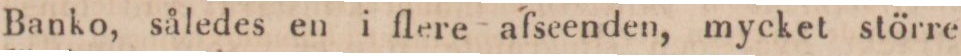
Banko, således en i flere afseenden, mycket större